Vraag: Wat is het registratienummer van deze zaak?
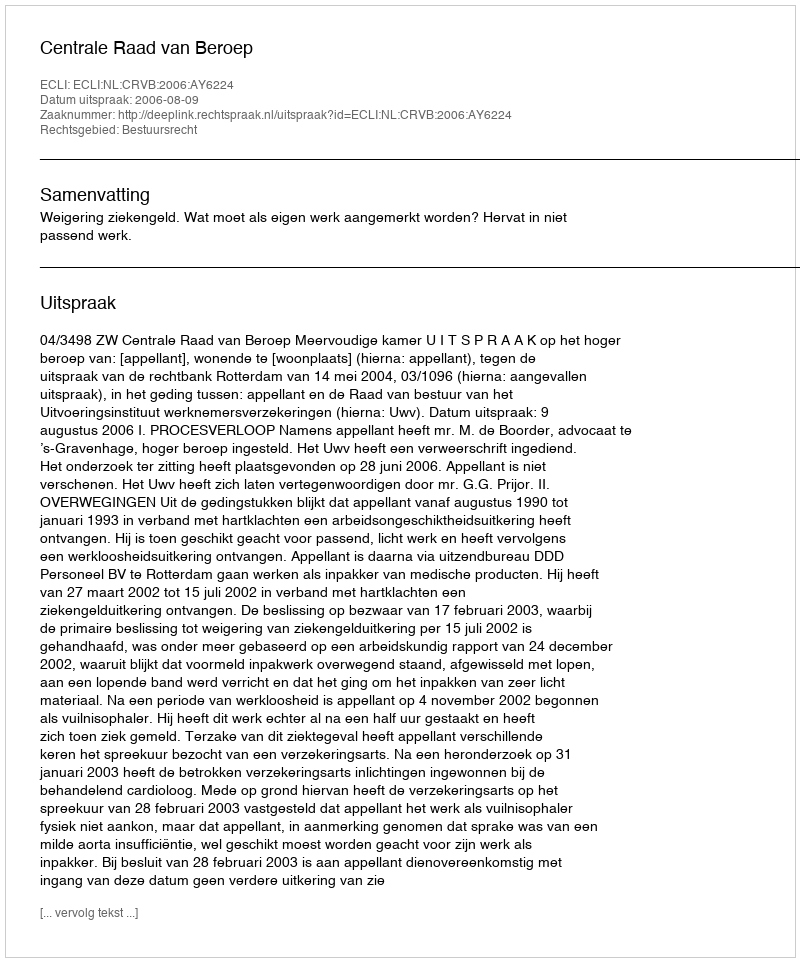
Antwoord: http://deeplink.rechtspraak.nl/uitspraak?id=ECLI:NL:CRVB:2006:AY6224